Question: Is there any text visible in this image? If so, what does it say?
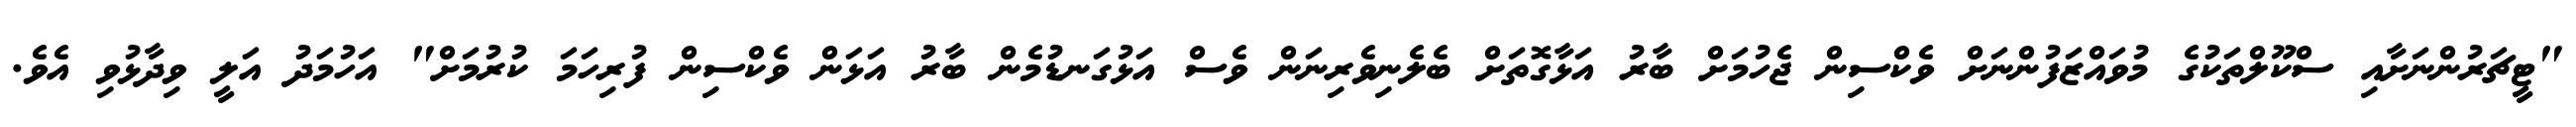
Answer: "ޓީޗަރުންނަށާއި ސްކޫލްތަކުގެ މުވައްޒަފުންނަށް ވެކްސިން ޖެހުމަށް ބާރު އަޅާގޮތަށް ބެލެނިވެރިނަން ވެސް އަޅުގަނޑުމެން ބާރު އަޅަން ވެކްސިން ފުރިހަމަ ކުރުމަށް" އަހުމަދު އަލީ ވިދާޅުވި އެވެ.